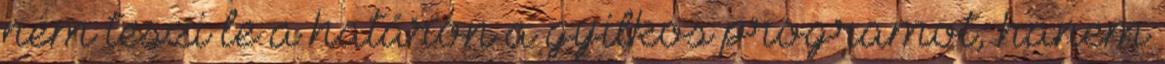
nem teszi le a határon a gyilkos programot, hanem